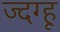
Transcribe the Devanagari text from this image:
ज्दग्हू